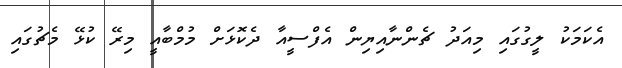
އެކަމަކު ލީގުގައި މިއަދު ޗެންނާއިޔިން އެފްސީއާ ދެކޮޅަށް މުމްބާއީ މިރޭ ކުޅޭ މެޗުގައި